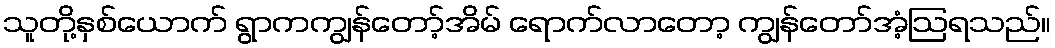
သူတို့နှစ်ယောက် ရွာကကျွန်တော့်အိမ် ရောက်လာတော့ ကျွန်တော်အံ့ဩရသည်။